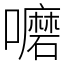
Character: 嚰